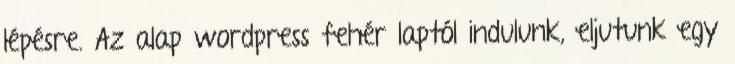
lépésre. Az alap wordpress fehér laptól indulunk, eljutunk egy